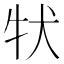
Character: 𤘲